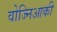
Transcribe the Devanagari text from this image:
वोज्निआकी